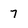
Character: 7